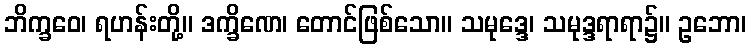
ဘိက္ခဝေ၊ ရဟန်းတို့။ ဒက္ခိဏေ၊ တောင်ဖြစ်သော။ သမုဒ္ဒေ၊ သမုဒ္ဒရာရာ၌။ ဥဘော၊